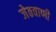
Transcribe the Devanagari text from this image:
जेठवाणी